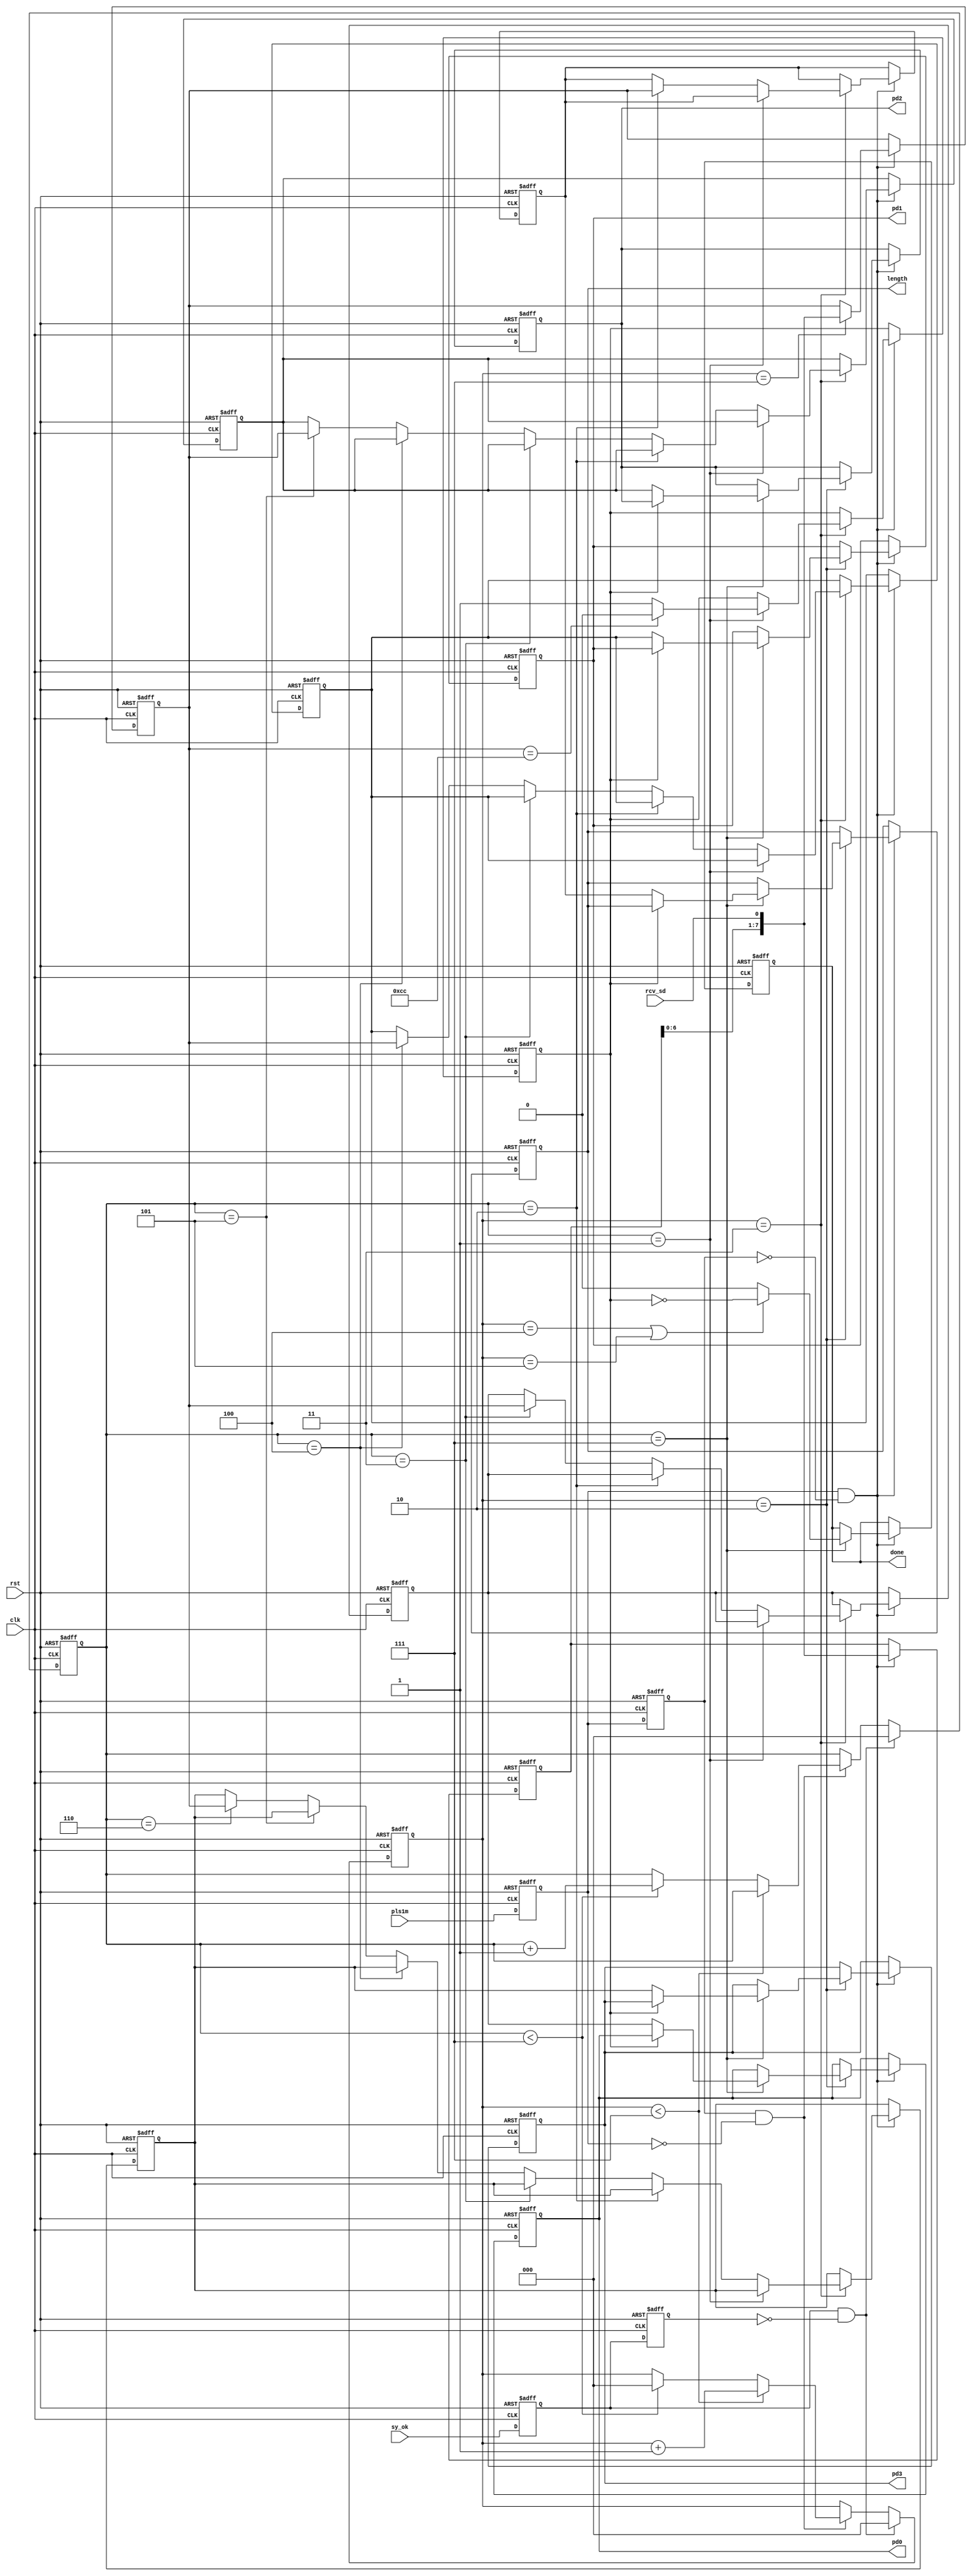
module mch_rx_s2p
(
    input   rst,
    input   clk,
    input   pls1m,
    input   sy_ok,
    input   rcv_sd,
    //
    output	reg done,
    output  reg [7:0] length,pd0,pd1,pd2,pd3
);

reg sy0,sy1;	// 
reg pl0,pl1;	// 1MHz Pulse Shift
reg [2:0] bcnt,bycnt;
reg [7:0] tpd,pd;	// 

reg flag;	// 
reg [7:0] ilen,d0,d1,d2,d3;	// 

always@(negedge rst, posedge clk)
begin
	if (rst == 0)
		done <= 0;
	else if (pl0 & ~pl1)		
		begin
			if (bycnt == 7)
				if ((bcnt == 4) | (bcnt == 5))
					done <= ~flag;
				else
					done <= 0;
		end
end

always@(negedge rst, posedge clk)
begin
	if (rst == 0)
		begin
			length <= 0;	pd0 <= 0;	pd1 <= 0;	pd2 <= 0;	pd3 <= 0;
		end
	else if (pl0 & ~pl1)		
		begin
			if (bcnt == 2)
				if (bycnt == 7)
					if (flag == 0)
						begin
							length <= ilen;
							pd0	<= d0;
							pd1 <= d1;
							pd2 <= d2;
							pd3 <= d3;		
						end
		end
end

always@(negedge rst, posedge clk)
begin
	if (rst == 0)
		begin
			flag <= 0;	ilen <= 0;	d0 <= 0;	d1 <= 0;	d2 <= 0;	d3 <= 0;
		end
	else if (pl0 & ~pl1)		
		begin
			if (bcnt == 3)
				if (bycnt == 1)
					if (pd == 8'hcc)
						flag <= 0;
					else
						flag <= 1;
				
				else if (bycnt == 2)	ilen <= pd;
				else if (bycnt == 3)	d0 <= pd;
				else if (bycnt == 4)	d1 <= pd;
				else if (bycnt == 5)	d2 <= pd;
				else if (bycnt == 6)	d3 <= pd;			
		end
end

always@(negedge rst, posedge clk)
begin
	if (rst == 0)
		begin
			tpd <= 0;	pd <= 0;
		end
	else if (pl0 & ~pl1)		
		begin
			tpd <= {tpd[6:0],rcv_sd};
			if (bcnt == 7)
				pd <= {tpd[6:0],rcv_sd};
		end
end

always@(negedge rst, posedge clk)
begin
	if (rst == 0)
		begin
			bcnt <= 7;	bycnt <= 7;
		end
	else if (sy0 & ~sy1)		
		begin
			bcnt <= 0;	bycnt <= 0;		
		end
	else if (pl1 & ~pl0)
		if (bcnt < 7)
			bcnt <= bcnt + 1;
		else if (bycnt < 7)
			begin
				bcnt <= 0;	bycnt <= bycnt + 1;
			end
end

always@(negedge rst, posedge clk)
begin
	if (rst == 0)
		begin
			sy0 <= 1;	sy1 <= 1;
			pl0 <= 1;	pl1 <= 1;
		end
	else
		begin
			sy0 <= sy_ok;	sy1 <= sy0;	
			pl0 <= pls1m;	pl1 <= pl0;				
		end
end

endmodule